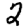
Digit: 2